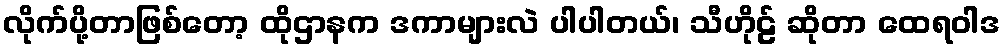
လိုက်ပို့တာဖြစ်တော့ ထိုဌာနက ဒကာများလဲ ပါပါတယ်၊ သီဟိုဠ် ဆိုတာ ထေရဝါဒ